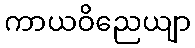
ကာယဝိညေယျာ